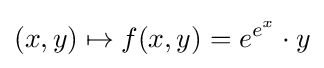
(x,y)\mapsto f(x,y)=e^{e^{x}}\cdot y